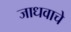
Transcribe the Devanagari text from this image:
जाधवाचे